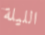
الليلة